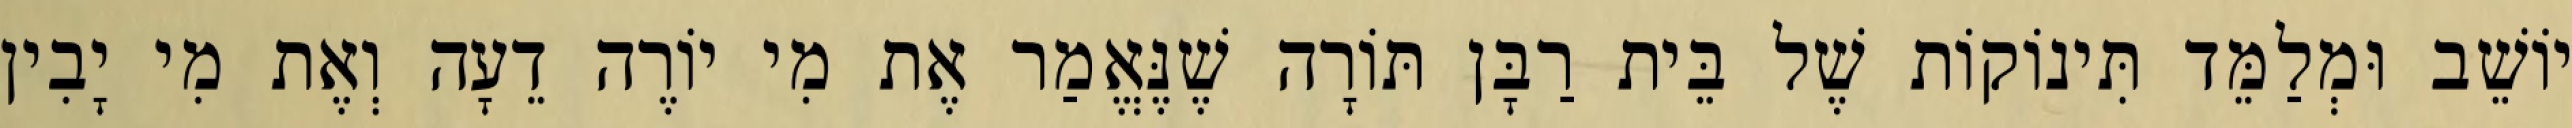
יוֹשֵׁב וּמְלַמֵּד תִּינוֹקוֹת שֶׁל בֵּית רַבָּן תּוֹרָה שֶׁנֶּאֱמַר אֶת מִי יוֹרֶה דֵעָה וְאֶת מִי יָבִין